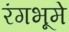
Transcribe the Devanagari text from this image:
रंगभूमे